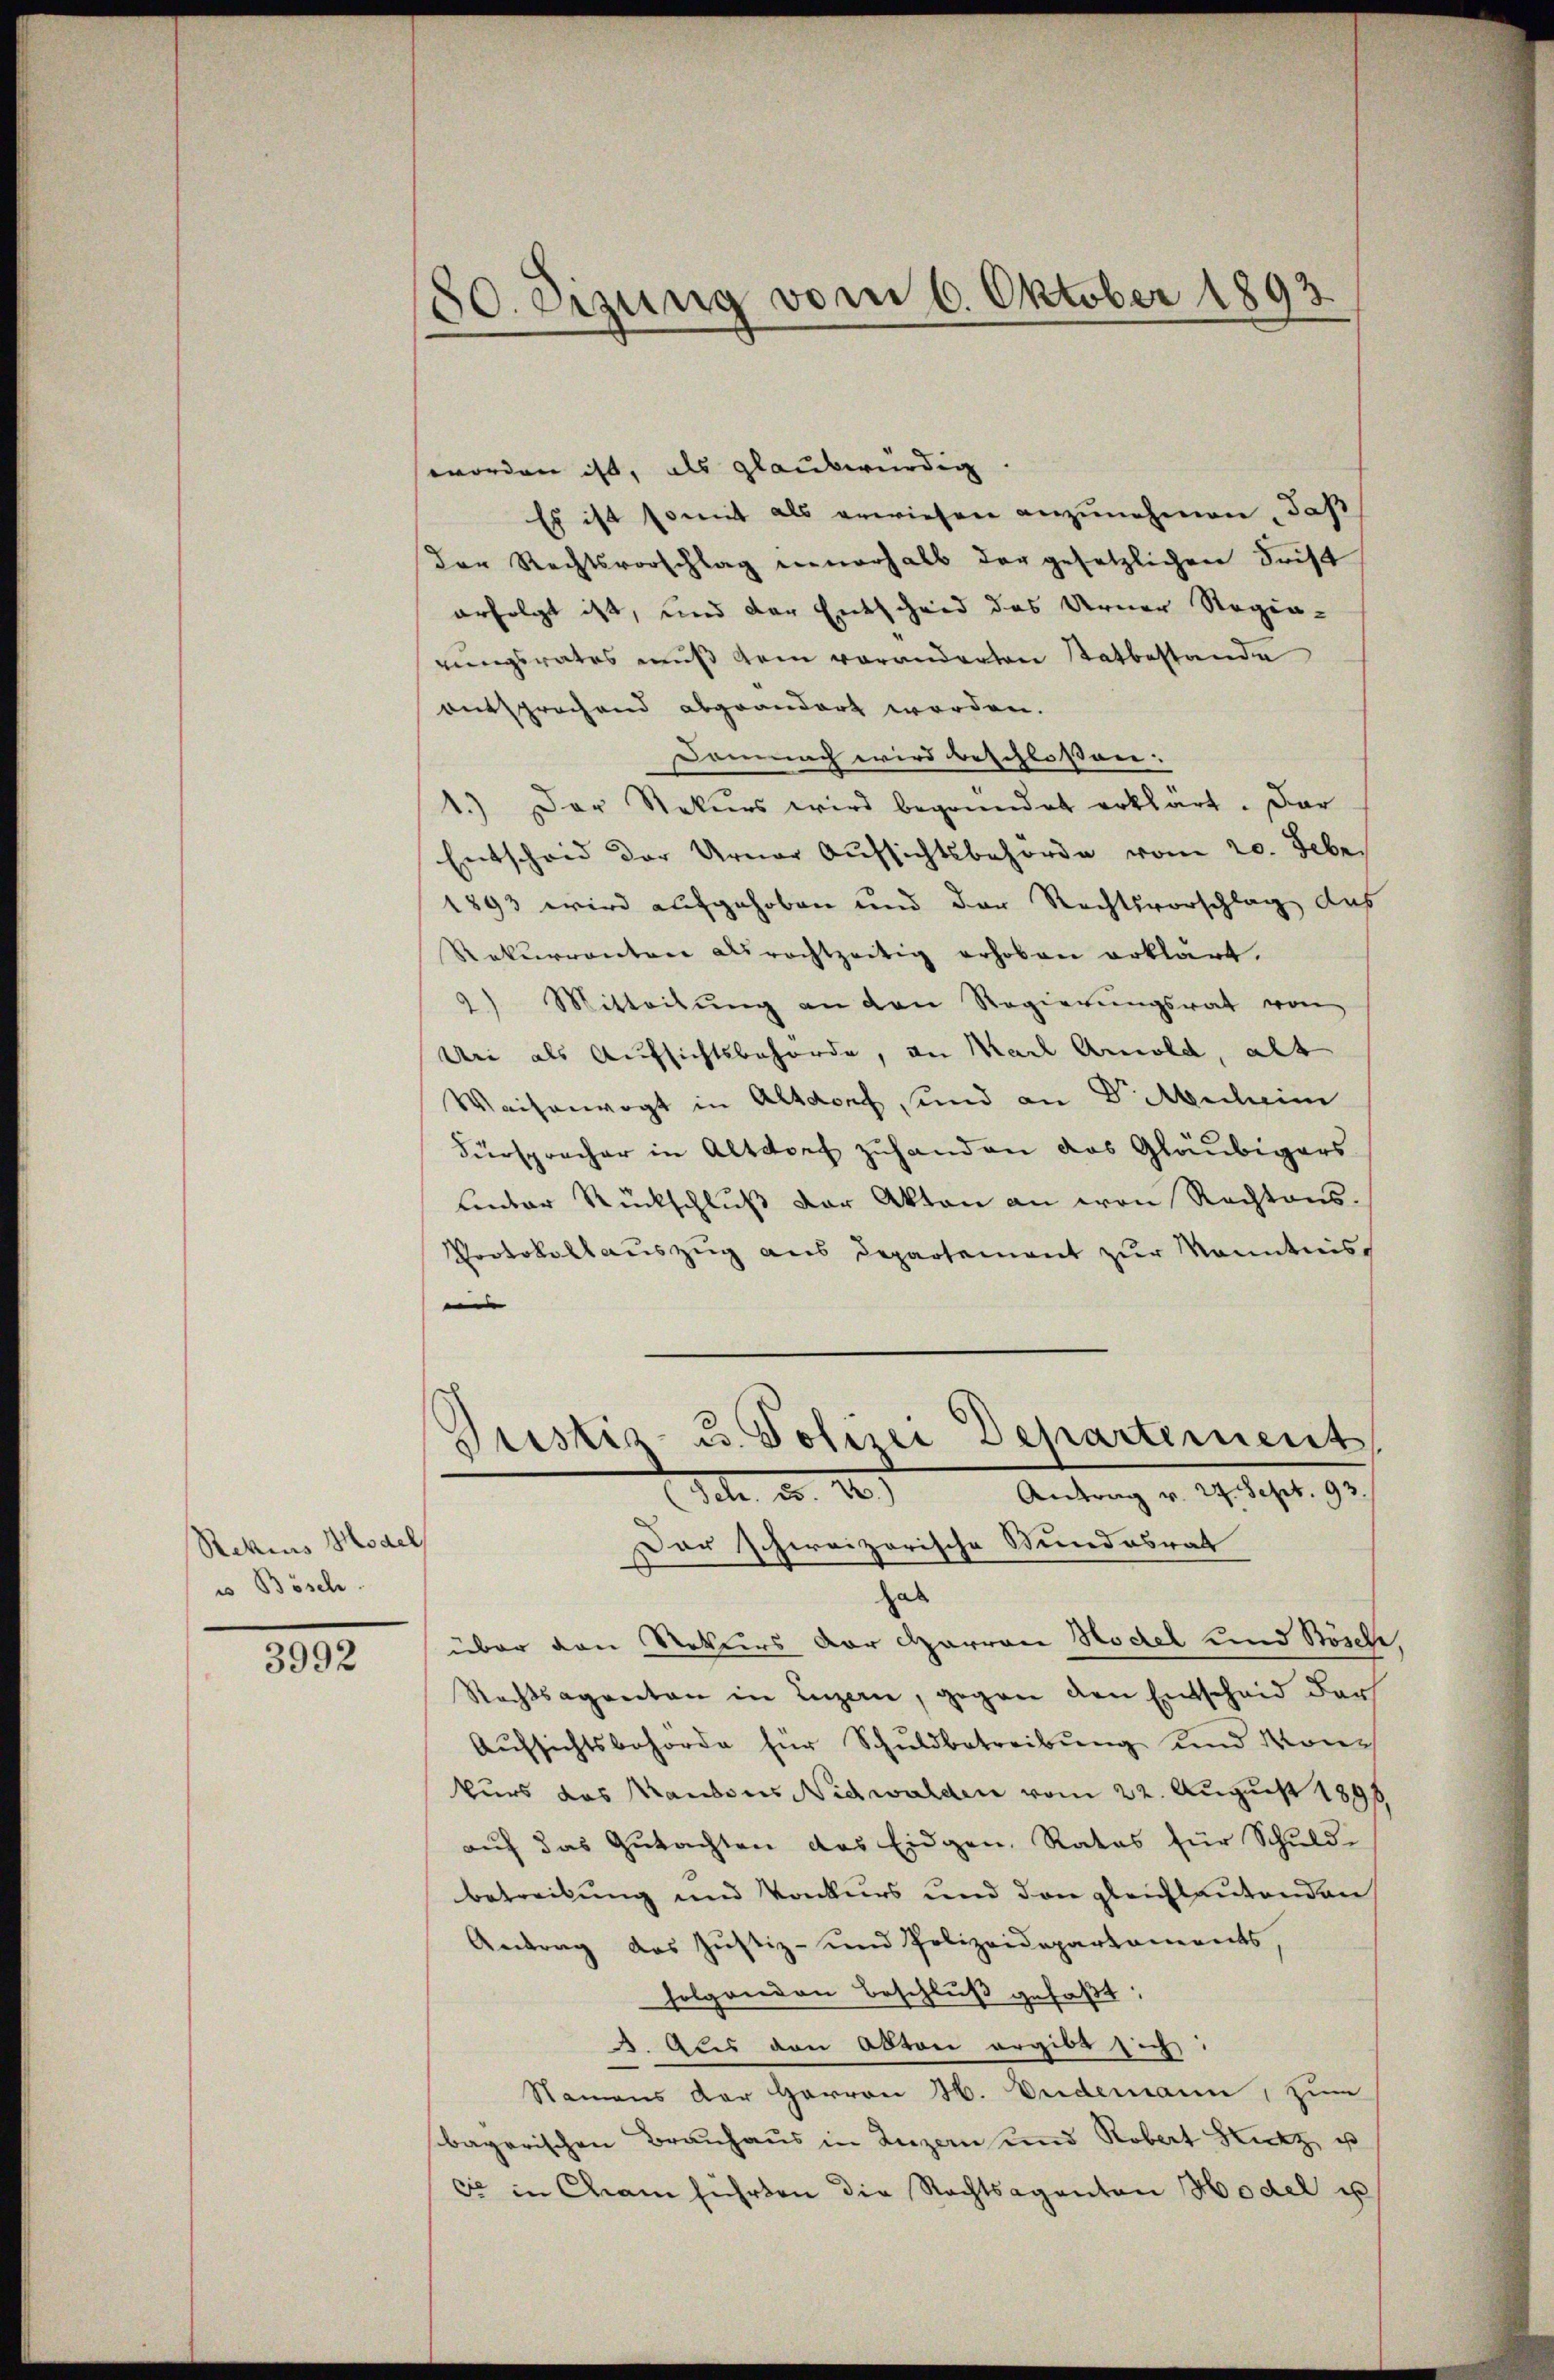
Rekius Model
u Bösch

3992

50. eizung vom 6. Oktober 1893

worden ist, als glaubwürdig
Es ist somit als erwiesen anzunehmen, daß
der Rechtsvorschlag einerhalb der gesetzlichen Frist
erfolgt ist, und der Entscheid das Urner Regin-
rungsrates muß dem voranderten Statbestande
entsprechend abgeändert worden.
Demnach wird beschlossen:
1.) Der Rekurs wird begründet erklärt. Dar
Entscheid der Urner Aufsichtsbehörde vom 20. Febr.
1893 wird aufgehoben und der Rechtsvorschlag das
Rekurrenten erachtzeitig erhoben erklärt.
2) Mitteilŭng an den Regierŭngsrat von
An als Aufsichtsbehörde, an Nach Arnold, alt
Waisenvogt in Altdorf, und an Dr. Michein
Fürspracher in Altdorf zuhanden das Gläubigers
Emder Rückschluß der Akten an von Rechtens.
Protokollauszug aus Departement zur Manntnis,
e
Justiz- u. Polizei Departement,
1 d. d. 10)
Antrag v. 27. Sept. 93.
Dar schweizerische Stundesrat
hab
über den Rekurs der Harron Rodel und Bösche,
Rechtsagenten in Luzern, gegen den Entscheid der
Aŭfsichtsbehörde für Schuldbetreibŭng und Monkurs das Kantons Nidwalden vom 22. August 1898
aŭf das Gutachten das Eidgen. Rates für Schuld-
betreibung und Konkurs und den gleichlautenden
Antrag das Justiz- und Polizeidepartaments,
folgenden Beschlŭβ gefaßt:
3. Als den Akten ergibt sich
Namens der Herren H. Videmann, zum
bayerischen Brauhaus in Luzern und Robert Hutz u
c in Cham führten die Rechtsagenten Hodel u